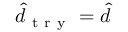
\hat { d } _ { \mathrm { ~ t ~ r ~ y ~ } } = \hat { d }